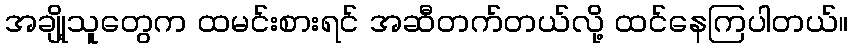
အချို့သူတွေက ထမင်းစားရင် အဆီတက်တယ်လို့ ထင်နေကြပါတယ်။